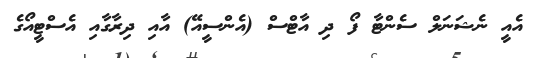
އެއީ ނެޝަނަލް ސެންޓާ ފޯ ދި އާޓްސް (އެންސީއޭ) އާއި ދިރާގާއި އެސްޓީއޯގެ